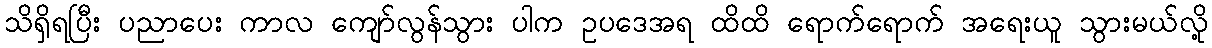
သိရှိရပြီး ပညာပေး ကာလ ကျော်လွန်သွား ပါက ဥပဒေအရ ထိထိ ရောက်ရောက် အရေးယူ သွားမယ်လို့